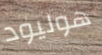
هوليود